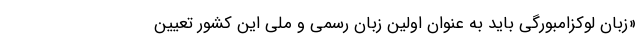
«زبان لوکزامبورگی باید به عنوان اولین زبان رسمی و ملی این کشور تعیین